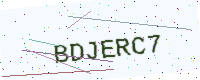
Text: BDJERC7